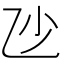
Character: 𠃣